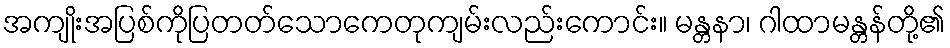
အကျိုးအပြစ်ကိုပြတတ်သောကေတုကျမ်းလည်းကောင်း။ မန္တနာ၊ ဂါထာမန္တန်တို့၏